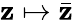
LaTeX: \mathbf{z}\mapsto{\bar{{\mathbf{z}}}}